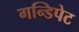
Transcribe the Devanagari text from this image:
गन्डिपेट